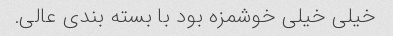
خیلی خیلی خوشمزه بود با بسته بندی عالی.